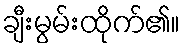
ချီးမွမ်းထိုက်၏။